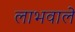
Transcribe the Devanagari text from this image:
लाभवाले